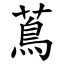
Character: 蔦